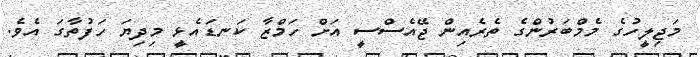
މަޖިލީހުގެ މެމްބަރުންގެ ތެރެއިން ޖޭއެސްސީ އަށް ހަމްޒާ ކަނޑައެޅީ މިދިޔަ ހަފުތާގަ އެވެ.